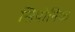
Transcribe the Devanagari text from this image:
सियोनिक